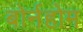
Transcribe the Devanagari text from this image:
बोर्नहोम